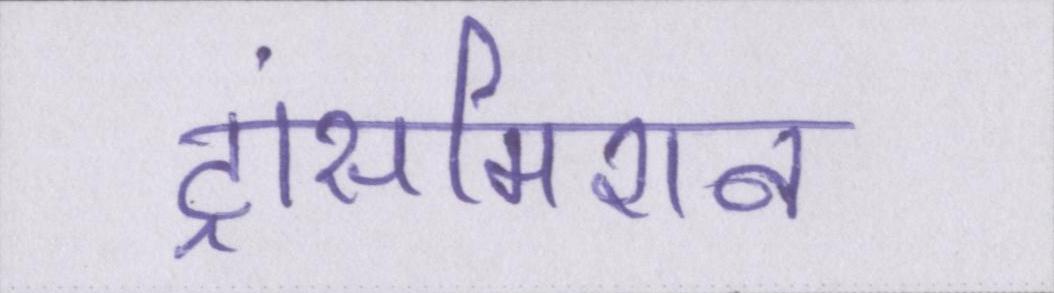
ट्रांसमिशन